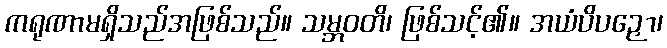
ကရုဏာမရှိသည်အဖြစ်သည်။ သမ္ဘဝတိ၊ ဖြစ်သင့်၏။ အယံပိပဉှော၊